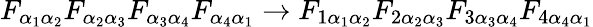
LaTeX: {F_{\alpha_{1}\alpha_{2}}}{F_{\alpha_{2}\alpha_{3}}}{F_{\alpha_{3}\alpha_{4}}}{F_{\alpha_{4}\alpha_{1}}}\rightarrow{F_{1\alpha_{1}\alpha_{2}}}{F_{2\alpha_{2}\alpha_{3}}}{F_{3\alpha_{3}\alpha_{4}}}{F_{4\alpha_{4}\alpha_{1}}}